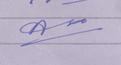
Signature authenticity: forged